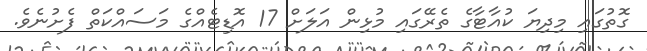
ގޮތުގައި މިދިޔަ ކުއާޓާގެ ތެރޭގައި މުޅިން އަލަށް 17 އޮޑިޓެއްގެ މަސައްކަތް ފެށުނެވެ.